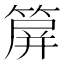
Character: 箳